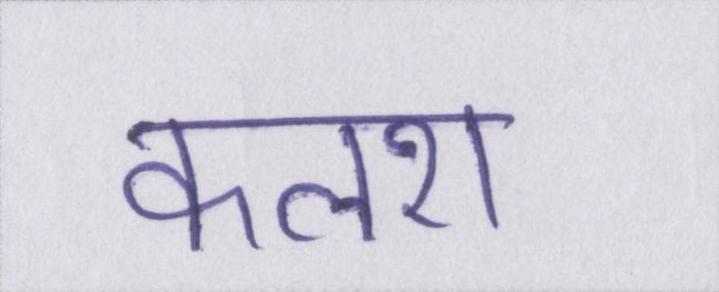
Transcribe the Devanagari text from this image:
कलश